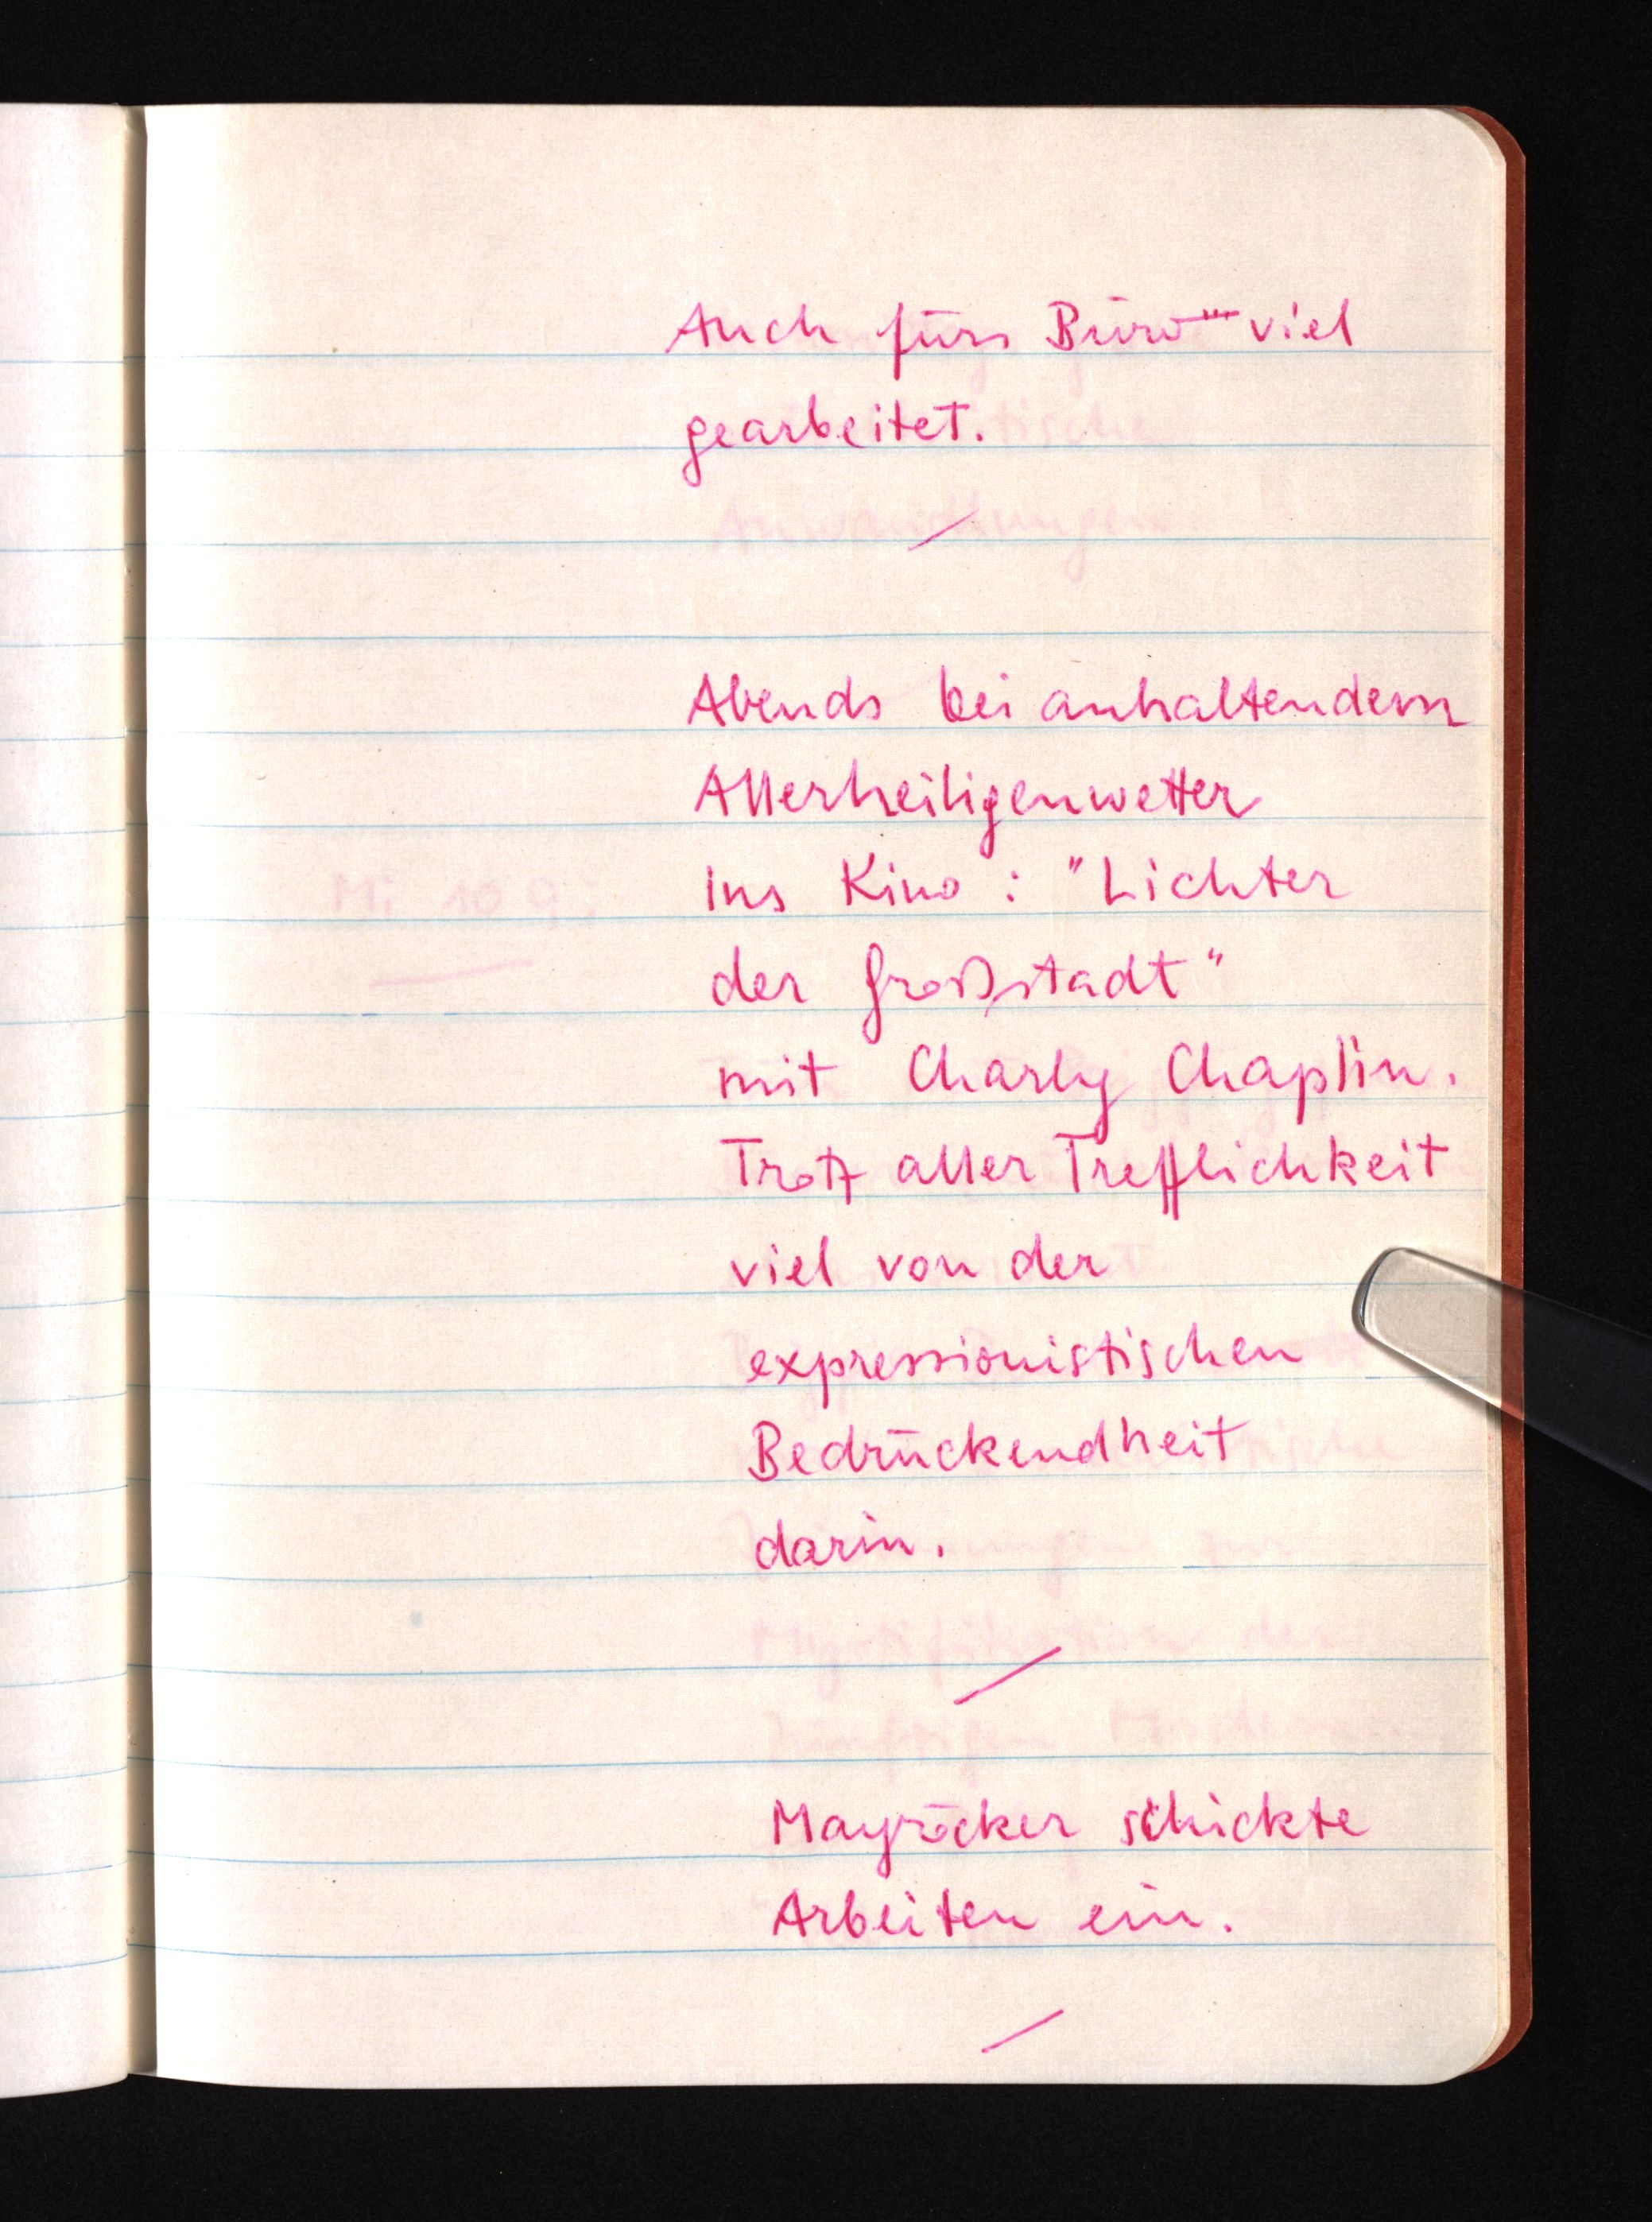
Auch fürs Büro viel
gearbeitet.
Abends bei anhaltendem
Allerheiligenwetter
ins Kino: "Lichter
der Großstadt"
mit Charly Chaplin.
Trotz aller Trefflichkeit
viel von der
expressionistischen
Bedrückendheit
darin.
Mayröcker schickte
Arbeiten ein.